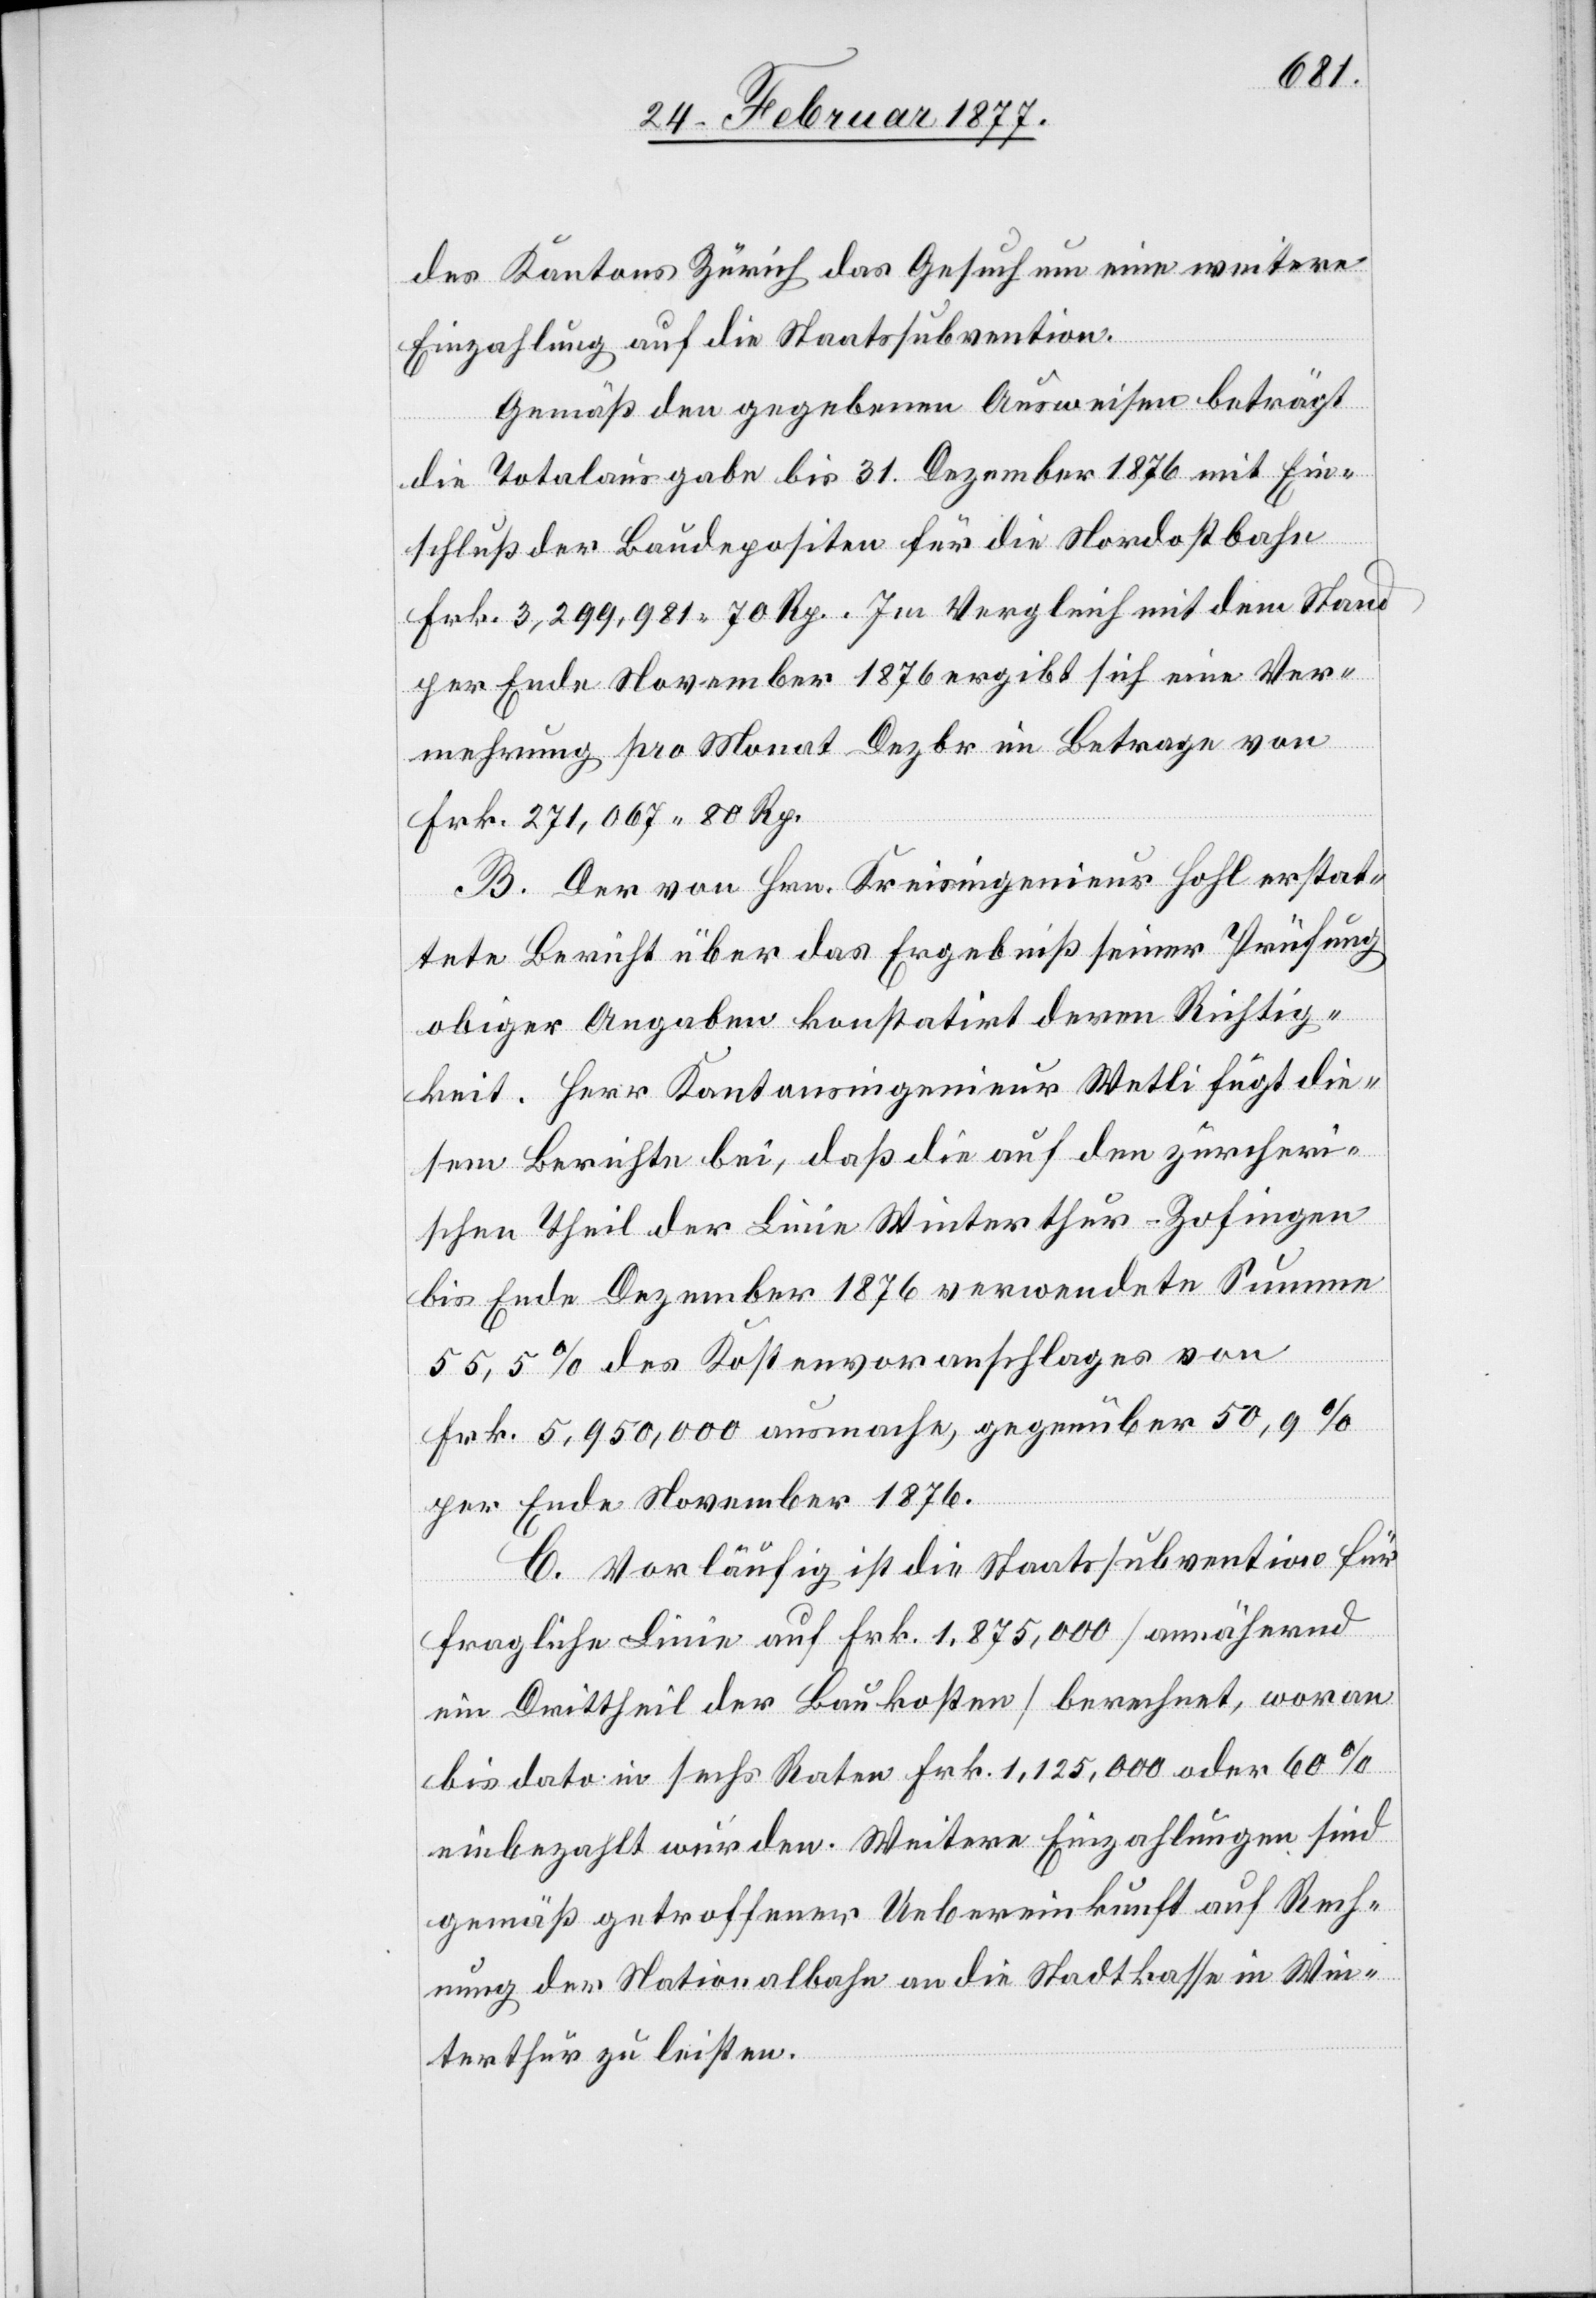
des Kantons Zürich das Gesuch um eine weitere
Einzahlung auf die Staatssubvention.
Gemäß den gegebenen Ausweisen beträgt
die Totalausgabe bis 31. Dezember 1876 mit Ein¬
schluß der Baudepositen für die Nordostbahn
Frk. 3,299,981 70 Rp. Im Vergleich mit dem Stand
per Ende November 1876 ergibt sich eine Ver¬
mehrung pro Monat Dezbr im Betrage von
Frk. 271,067 80 Rp.
B. Der von Hrn. Kreisingenieur Hohl erstat¬
tete Bericht über das Ergebniß seiner Prüfung
obiger Angaben konstatirt deren Richtig¬
keit. Herr Kantonsingenieur Welti fügt die¬
sem Berichte bei, daß die auf den zürcheri¬
schen Theil der Linie Winterthur–Zofingen
bis Ende Dezember 1876 verwendete Summe
55,5% des Kostenvoranschlages von
Frk. 5,950,000 ausmache, gegenüber 50,9%
per Ende November 1876.
C. Vorläufig ist die Staatssubvention für
fragliche Linie auf Frk. 1,875,000 [annähernd
ein Drittheil der Baukosten] berechnet, woran
bis dato in sechs Raten Frk. 1,125,000 oder 60%
einbezahlt wurden. Weitere Einzahlungen sind
gemäß getroffener Uebereinkunft auf Rech¬
nung der Nationalbahn an die Stadtkasse in Win¬
terthur zu leisten.